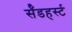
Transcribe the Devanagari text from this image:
सॅँडहर्स्ट